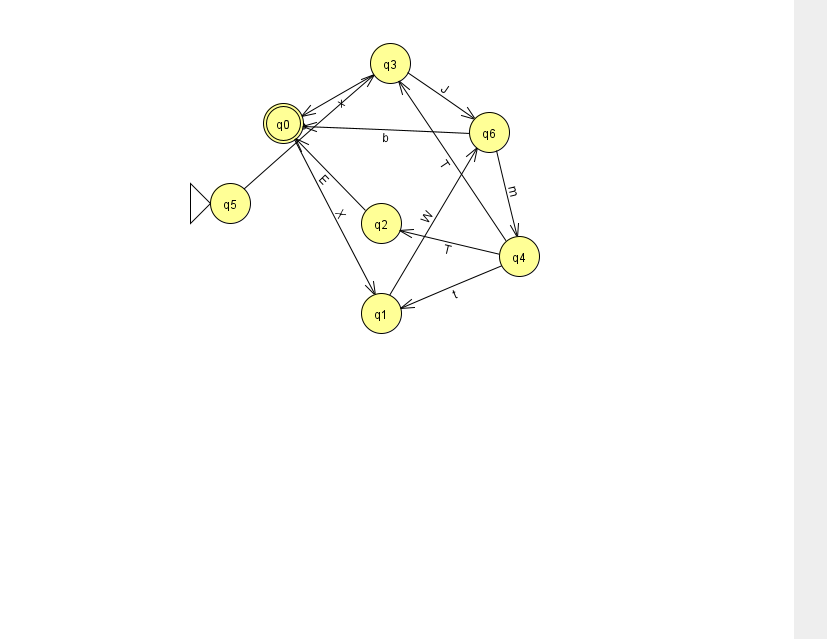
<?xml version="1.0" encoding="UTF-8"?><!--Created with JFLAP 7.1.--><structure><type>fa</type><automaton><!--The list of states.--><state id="0" name="q0"><x>283.0</x><y>110.0</y><final/></state><state id="1" name="q1"><x>381.0</x><y>300.0</y></state><state id="2" name="q2"><x>381.0</x><y>210.0</y></state><state id="3" name="q3"><x>390.0</x><y>50.0</y></state><state id="4" name="q4"><x>519.0</x><y>243.0</y></state><state id="5" name="q5"><x>230.0</x><y>190.0</y><initial/></state><state id="6" name="q6"><x>489.0</x><y>119.0</y></state><!--The list of transitions.--><transition><from>6</from><to>4</to><read>m</read></transition><transition><from>2</from><to>0</to><read>E</read></transition><transition><from>4</from><to>1</to><read>t</read></transition><transition><from>4</from><to>2</to><read>T</read></transition><transition><from>3</from><to>0</to><read>x</read></transition><transition><from>5</from><to>3</to><read>a</read></transition><transition><from>0</from><to>1</to><read>X</read></transition><transition><from>6</from><to>0</to><read>b</read></transition><transition><from>1</from><to>6</to><read>W</read></transition><transition><from>4</from><to>3</to><read>T</read></transition><transition><from>3</from><to>6</to><read>J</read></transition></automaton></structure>